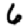
Digit: 6